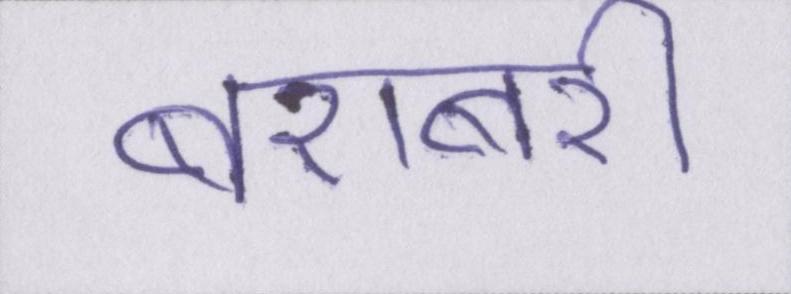
बराबरी